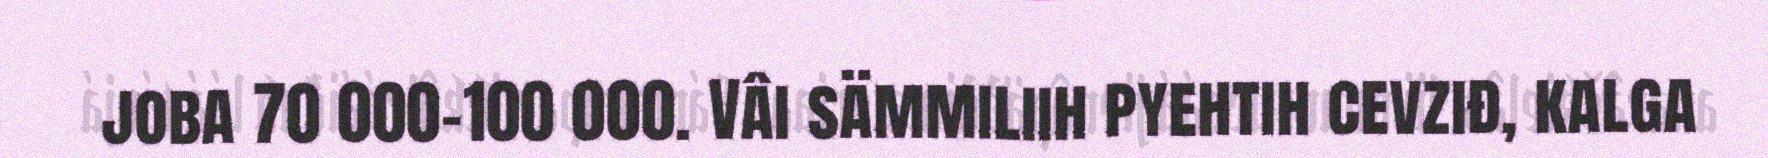
joba 70 000-100 000. Vâi sämmiliih pyehtih cevziđ, kalga